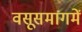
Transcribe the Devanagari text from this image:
वसूसमागमें